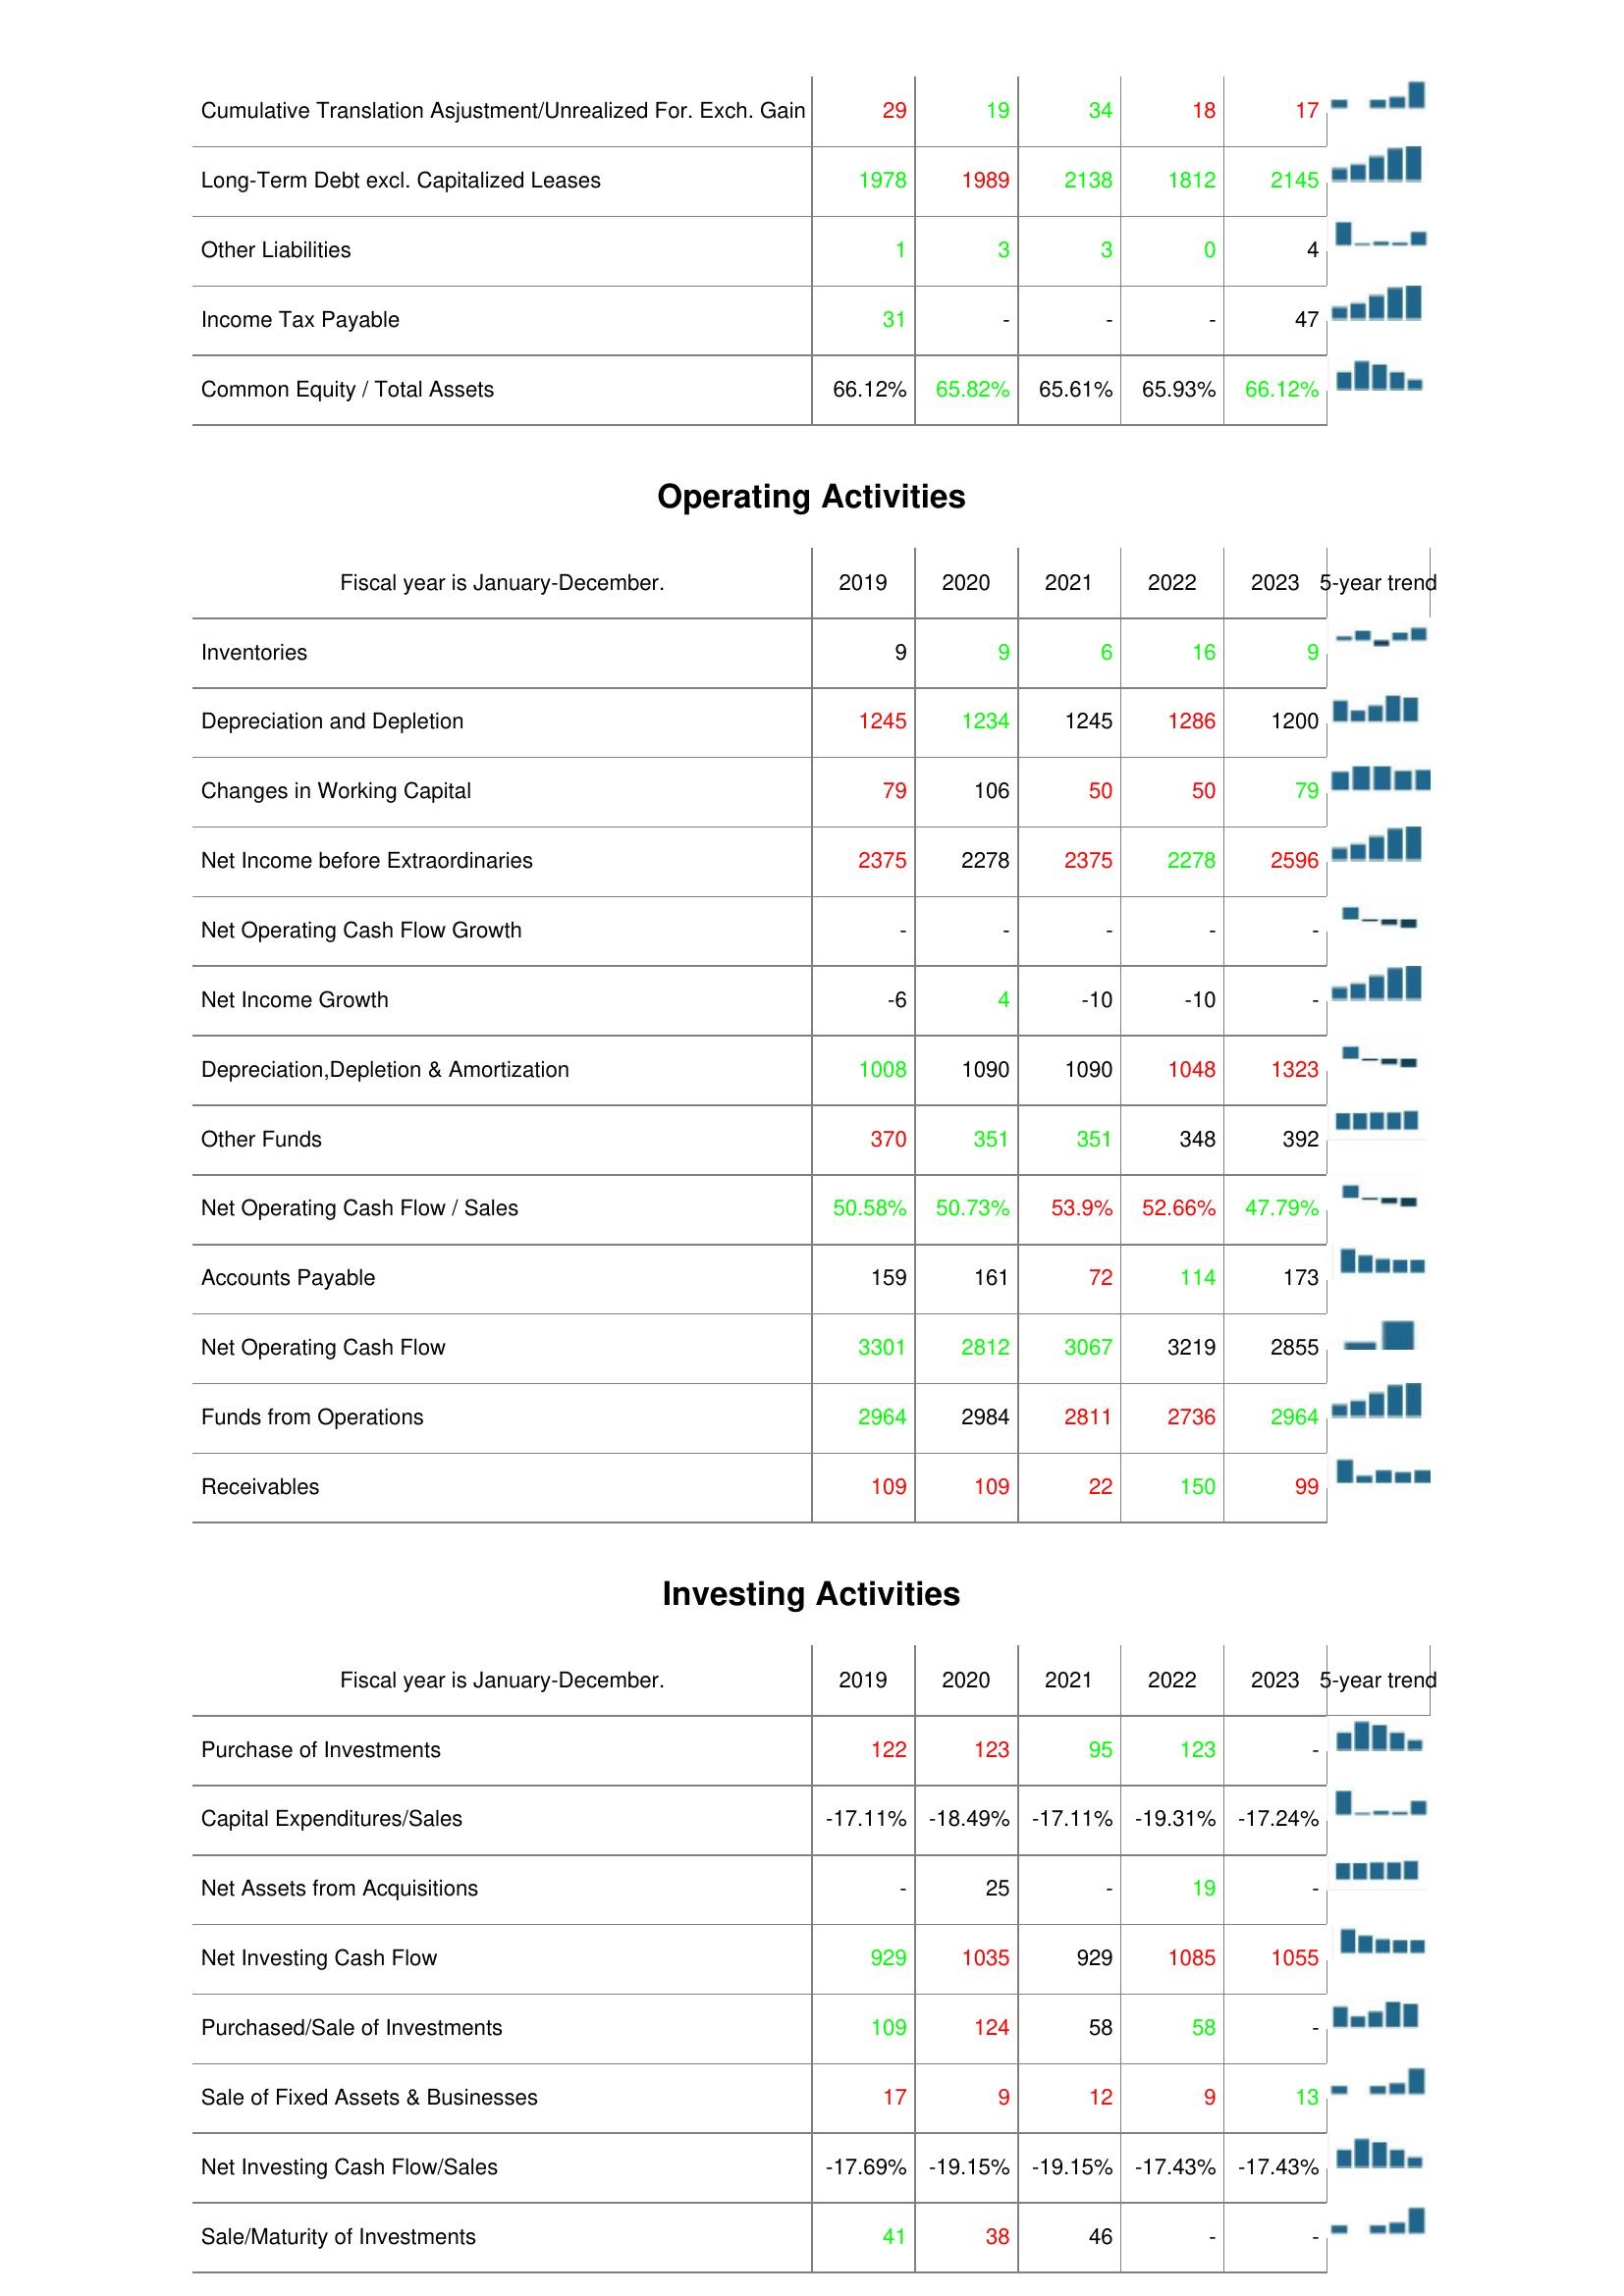
2019: Liabilities & Shareholder's Equity: Cumulative Translation Asjustment/Unrealized For. Exch. Gain: 29
Long-Term Debt excl. Capitalized Leases: 1978
Other Liabilities: 1
Income Tax Payable: 31
Common Equity / Total Assets: 66.12%
Operating Activities: Inventories: 9
Depreciation and Depletion: 1245
Changes in Working Capital: 79
Net Income before Extraordinaries: 2375
Net Operating Cash Flow Growth: -
Net Income Growth: -6
Depreciation,Depletion & Amortization: 1008
Other Funds: 370
Net Operating Cash Flow / Sales: 50.58%
Accounts Payable: 159
Net Operating Cash Flow: 3301
Funds from Operations: 2964
Receivables: 109
Investing Activities: Purchase of Investments: 122
Capital Expenditures/Sales: -17.11%
Net Assets from Acquisitions: -
Net Investing Cash Flow: 929
Purchased/Sale of Investments: 109
Sale of Fixed Assets & Businesses: 17
Net Investing Cash Flow/Sales: -17.69%
Sale/Maturity of Investments: 41
2020: Liabilities & Shareholder's Equity: Cumulative Translation Asjustment/Unrealized For. Exch. Gain: 19
Long-Term Debt excl. Capitalized Leases: 1989
Other Liabilities: 3
Income Tax Payable: -
Common Equity / Total Assets: 65.82%
Operating Activities: Inventories: 9
Depreciation and Depletion: 1234
Changes in Working Capital: 106
Net Income before Extraordinaries: 2278
Net Operating Cash Flow Growth: -
Net Income Growth: 4
Depreciation,Depletion & Amortization: 1090
Other Funds: 351
Net Operating Cash Flow / Sales: 50.73%
Accounts Payable: 161
Net Operating Cash Flow: 2812
Funds from Operations: 2984
Receivables: 109
Investing Activities: Purchase of Investments: 123
Capital Expenditures/Sales: -18.49%
Net Assets from Acquisitions: 25
Net Investing Cash Flow: 1035
Purchased/Sale of Investments: 124
Sale of Fixed Assets & Businesses: 9
Net Investing Cash Flow/Sales: -19.15%
Sale/Maturity of Investments: 38
2021: Liabilities & Shareholder's Equity: Cumulative Translation Asjustment/Unrealized For. Exch. Gain: 34
Long-Term Debt excl. Capitalized Leases: 2138
Other Liabilities: 3
Income Tax Payable: -
Common Equity / Total Assets: 65.61%
Operating Activities: Inventories: 6
Depreciation and Depletion: 1245
Changes in Working Capital: 50
Net Income before Extraordinaries: 2375
Net Operating Cash Flow Growth: -
Net Income Growth: -10
Depreciation,Depletion & Amortization: 1090
Other Funds: 351
Net Operating Cash Flow / Sales: 53.9%
Accounts Payable: 72
Net Operating Cash Flow: 3067
Funds from Operations: 2811
Receivables: 22
Investing Activities: Purchase of Investments: 95
Capital Expenditures/Sales: -17.11%
Net Assets from Acquisitions: -
Net Investing Cash Flow: 929
Purchased/Sale of Investments: 58
Sale of Fixed Assets & Businesses: 12
Net Investing Cash Flow/Sales: -19.15%
Sale/Maturity of Investments: 46
2022: Liabilities & Shareholder's Equity: Cumulative Translation Asjustment/Unrealized For. Exch. Gain: 18
Long-Term Debt excl. Capitalized Leases: 1812
Other Liabilities: 0
Income Tax Payable: -
Common Equity / Total Assets: 65.93%
Operating Activities: Inventories: 16
Depreciation and Depletion: 1286
Changes in Working Capital: 50
Net Income before Extraordinaries: 2278
Net Operating Cash Flow Growth: -
Net Income Growth: -10
Depreciation,Depletion & Amortization: 1048
Other Funds: 348
Net Operating Cash Flow / Sales: 52.66%
Accounts Payable: 114
Net Operating Cash Flow: 3219
Funds from Operations: 2736
Receivables: 150
Investing Activities: Purchase of Investments: 123
Capital Expenditures/Sales: -19.31%
Net Assets from Acquisitions: 19
Net Investing Cash Flow: 1085
Purchased/Sale of Investments: 58
Sale of Fixed Assets & Businesses: 9
Net Investing Cash Flow/Sales: -17.43%
Sale/Maturity of Investments: -
2023: Liabilities & Shareholder's Equity: Cumulative Translation Asjustment/Unrealized For. Exch. Gain: 17
Long-Term Debt excl. Capitalized Leases: 2145
Other Liabilities: 4
Income Tax Payable: 47
Common Equity / Total Assets: 66.12%
Operating Activities: Inventories: 9
Depreciation and Depletion: 1200
Changes in Working Capital: 79
Net Income before Extraordinaries: 2596
Net Operating Cash Flow Growth: -
Net Income Growth: -
Depreciation,Depletion & Amortization: 1323
Other Funds: 392
Net Operating Cash Flow / Sales: 47.79%
Accounts Payable: 173
Net Operating Cash Flow: 2855
Funds from Operations: 2964
Receivables: 99
Investing Activities: Purchase of Investments: -
Capital Expenditures/Sales: -17.24%
Net Assets from Acquisitions: -
Net Investing Cash Flow: 1055
Purchased/Sale of Investments: -
Sale of Fixed Assets & Businesses: 13
Net Investing Cash Flow/Sales: -17.43%
Sale/Maturity of Investments: -